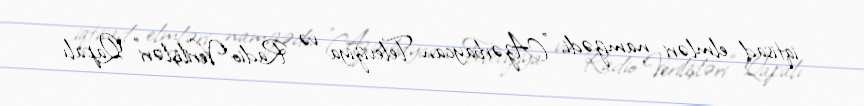
iqtisad elmləri namizədi, "Azərbaycan Televiziya və Radio Verilişləri" Qapalı